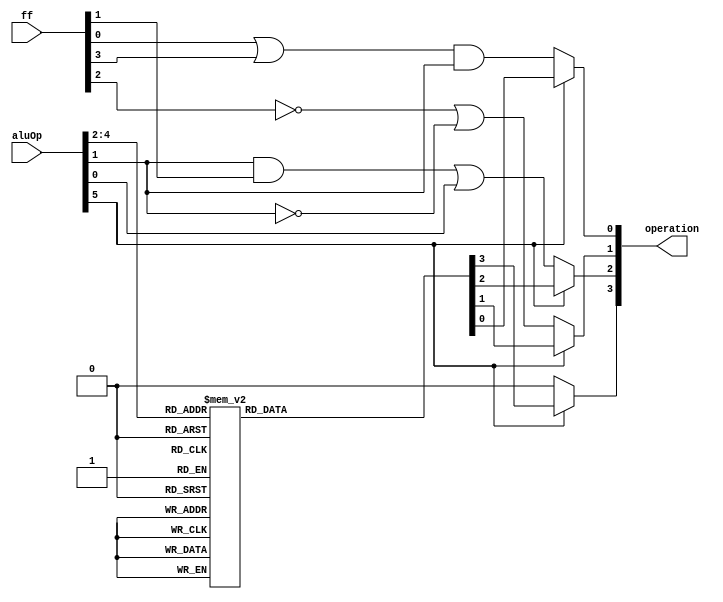
`timescale 1ns / 1ps
//////////////////////////////////////////////////////////////////////////////////
// Company: 
// Engineer: 
// 
// Design Name: 
// Module Name:    alu_ctrl 
// Project Name: 
// Target Devices: 
// Tool versions: 
// Description: 
//
// Dependencies: 
//
// Revision: 
// Revision 0.01 - File Created
// Additional Comments: 
//
//////////////////////////////////////////////////////////////////////////////////
module alu_ctrl(
    input [3:0] ff,
    input [5:0] aluOp,
    output reg [3:0] operation
    );
	 
	 always @(*) begin
		if(aluOp[5]) begin
			case (aluOp[4:2]) 
				3'b000: begin
						  operation <= 4'b0010; // ADD
						  end
				3'b001: begin
						  operation <= 4'b0010; // ADDI
						  end
				3'b010: begin
						  operation <= 4'b0111; // SLTI
						  end
				3'b011: begin
						  operation <= 4'b0111; // SLTIU
						  end
				3'b100: begin
						  operation <= 4'b0000; // AND
						  end
				3'b101: begin
						  operation <= 4'b0001; // OR
						  end
				3'b110: begin
						  operation <= 4'b0110; // XOR
						  end
				3'b111: begin
						  operation <= 4'b0010; // LUI
						  end
			endcase
		end
		else begin
			operation[0] <= (ff[0] || ff[3]) && (aluOp[1]);
			operation[1] <= ~(ff[2]) || ~(aluOp[1]);
			operation[2] <= (aluOp[1] && ff[1]) || aluOp[0];
			operation[3] <= 0;
		end
	end 
	
endmodule